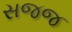
સજજ